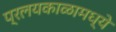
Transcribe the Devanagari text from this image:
प्रलयकाळामध्ये